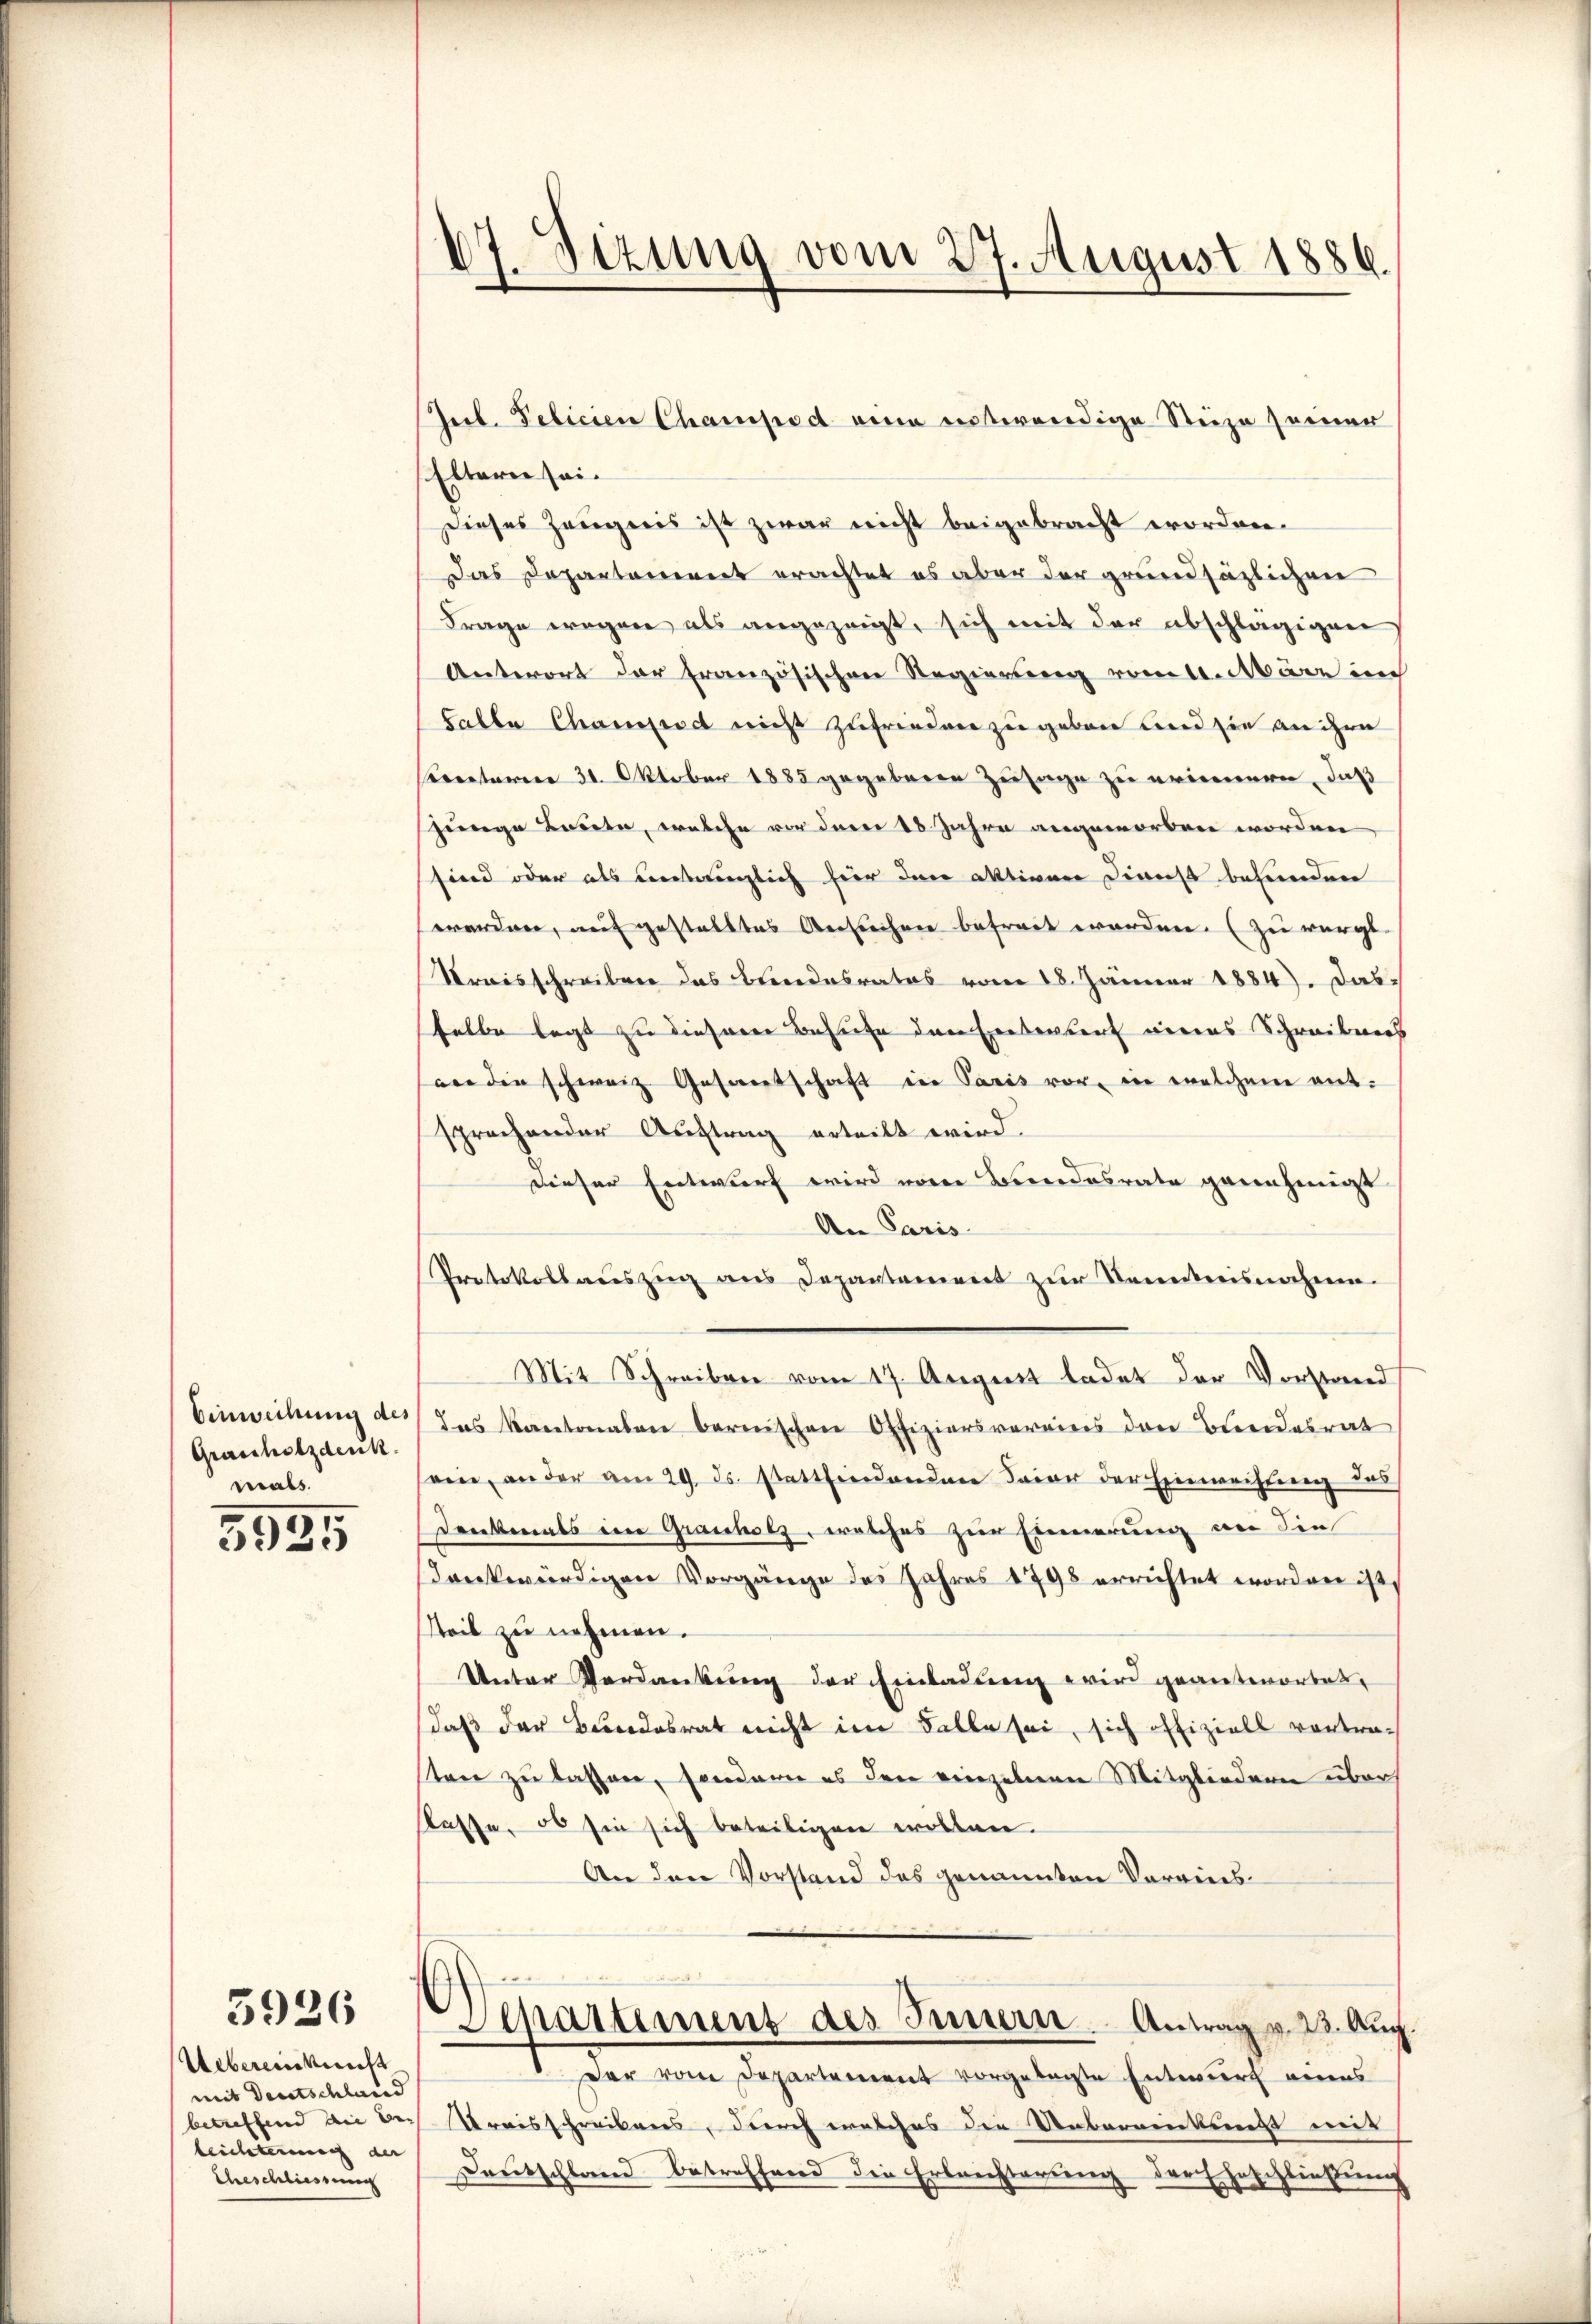
Einweihung des
Grascholzdenk
mals.
5925

5926

Uebereinkunft
mit Deutschland
betreffend die be-
leichterung der |
Eheschliessung

47. Sizung vom 27. August 1886.

Jub. Pelicien Champod eine entwendige Steize seiner
Eltern sei.
Dieses Zeugnis ist zwar nicht beigebracht worden.
Das Departamiert erachtet es aber der grundsäzlichen
Frage wegen als angezeigt, sich mit der abschlägigen
Antwort der französischen Regierung vom 4. März im
Galle Champsd nicht zufrieden zu geben und sie an ihre
rectoren 31. Oktober 1885 gegebenen Zusage zu erinnern, daß
junge Bodete, welche vor dem 18. Jahre angeworben worden
sind oder als entwinglich hier den aktiven Dienst behinden
werden, auf gestelltes Ansuchen befreit worden. (zu würgt.
Sraisschreiben das Bundesrates vom 18. Jänner 1884). Dasselbe legt zu dieserer Besuche der Ernterbert wiedes Schreibens
werden schweiz Gesamtschaft in Paris vor, in welchem ent-
sprechender Auftrag erteilt wird.
Dieser Entwurf wird vom Bundesrate genehmigt
An Paris
Protokollauszug aus Departament zur Kenntnisnahmen.
Mit Schreiben vom 17. August ladet der Vorstand
das Kantonalen bernischen Offiziersvereins den Bundesrat
ein, an der am 29. ds. stattendenden Baier der Hinweisung des
Denkmals im Grauholz, welches zur Einnerung an die
dankwürdigen Vorgänge des Jahres 1798 errichtet worden ist,
steil zu nehmen.
Unter Verdankung der Einladung wird geantwortet,
daß der Bundesrat nicht im Falle sei, sich offiziell vortrasten zu lassen, sondern es den vierzelnen Mitgliedern über
Klasse, ob sie sich beteiligen wollen.
An den Vorstand des genannten Vorwies¬
Departement des Innern Antrag v. 23. Aug.
Der vom Departement vorgelegte Entwurf eners
Preisschreibers, durch welches die Ueberneinkunft mit
Deutschland betreffend die Erlensterung derEheschließung